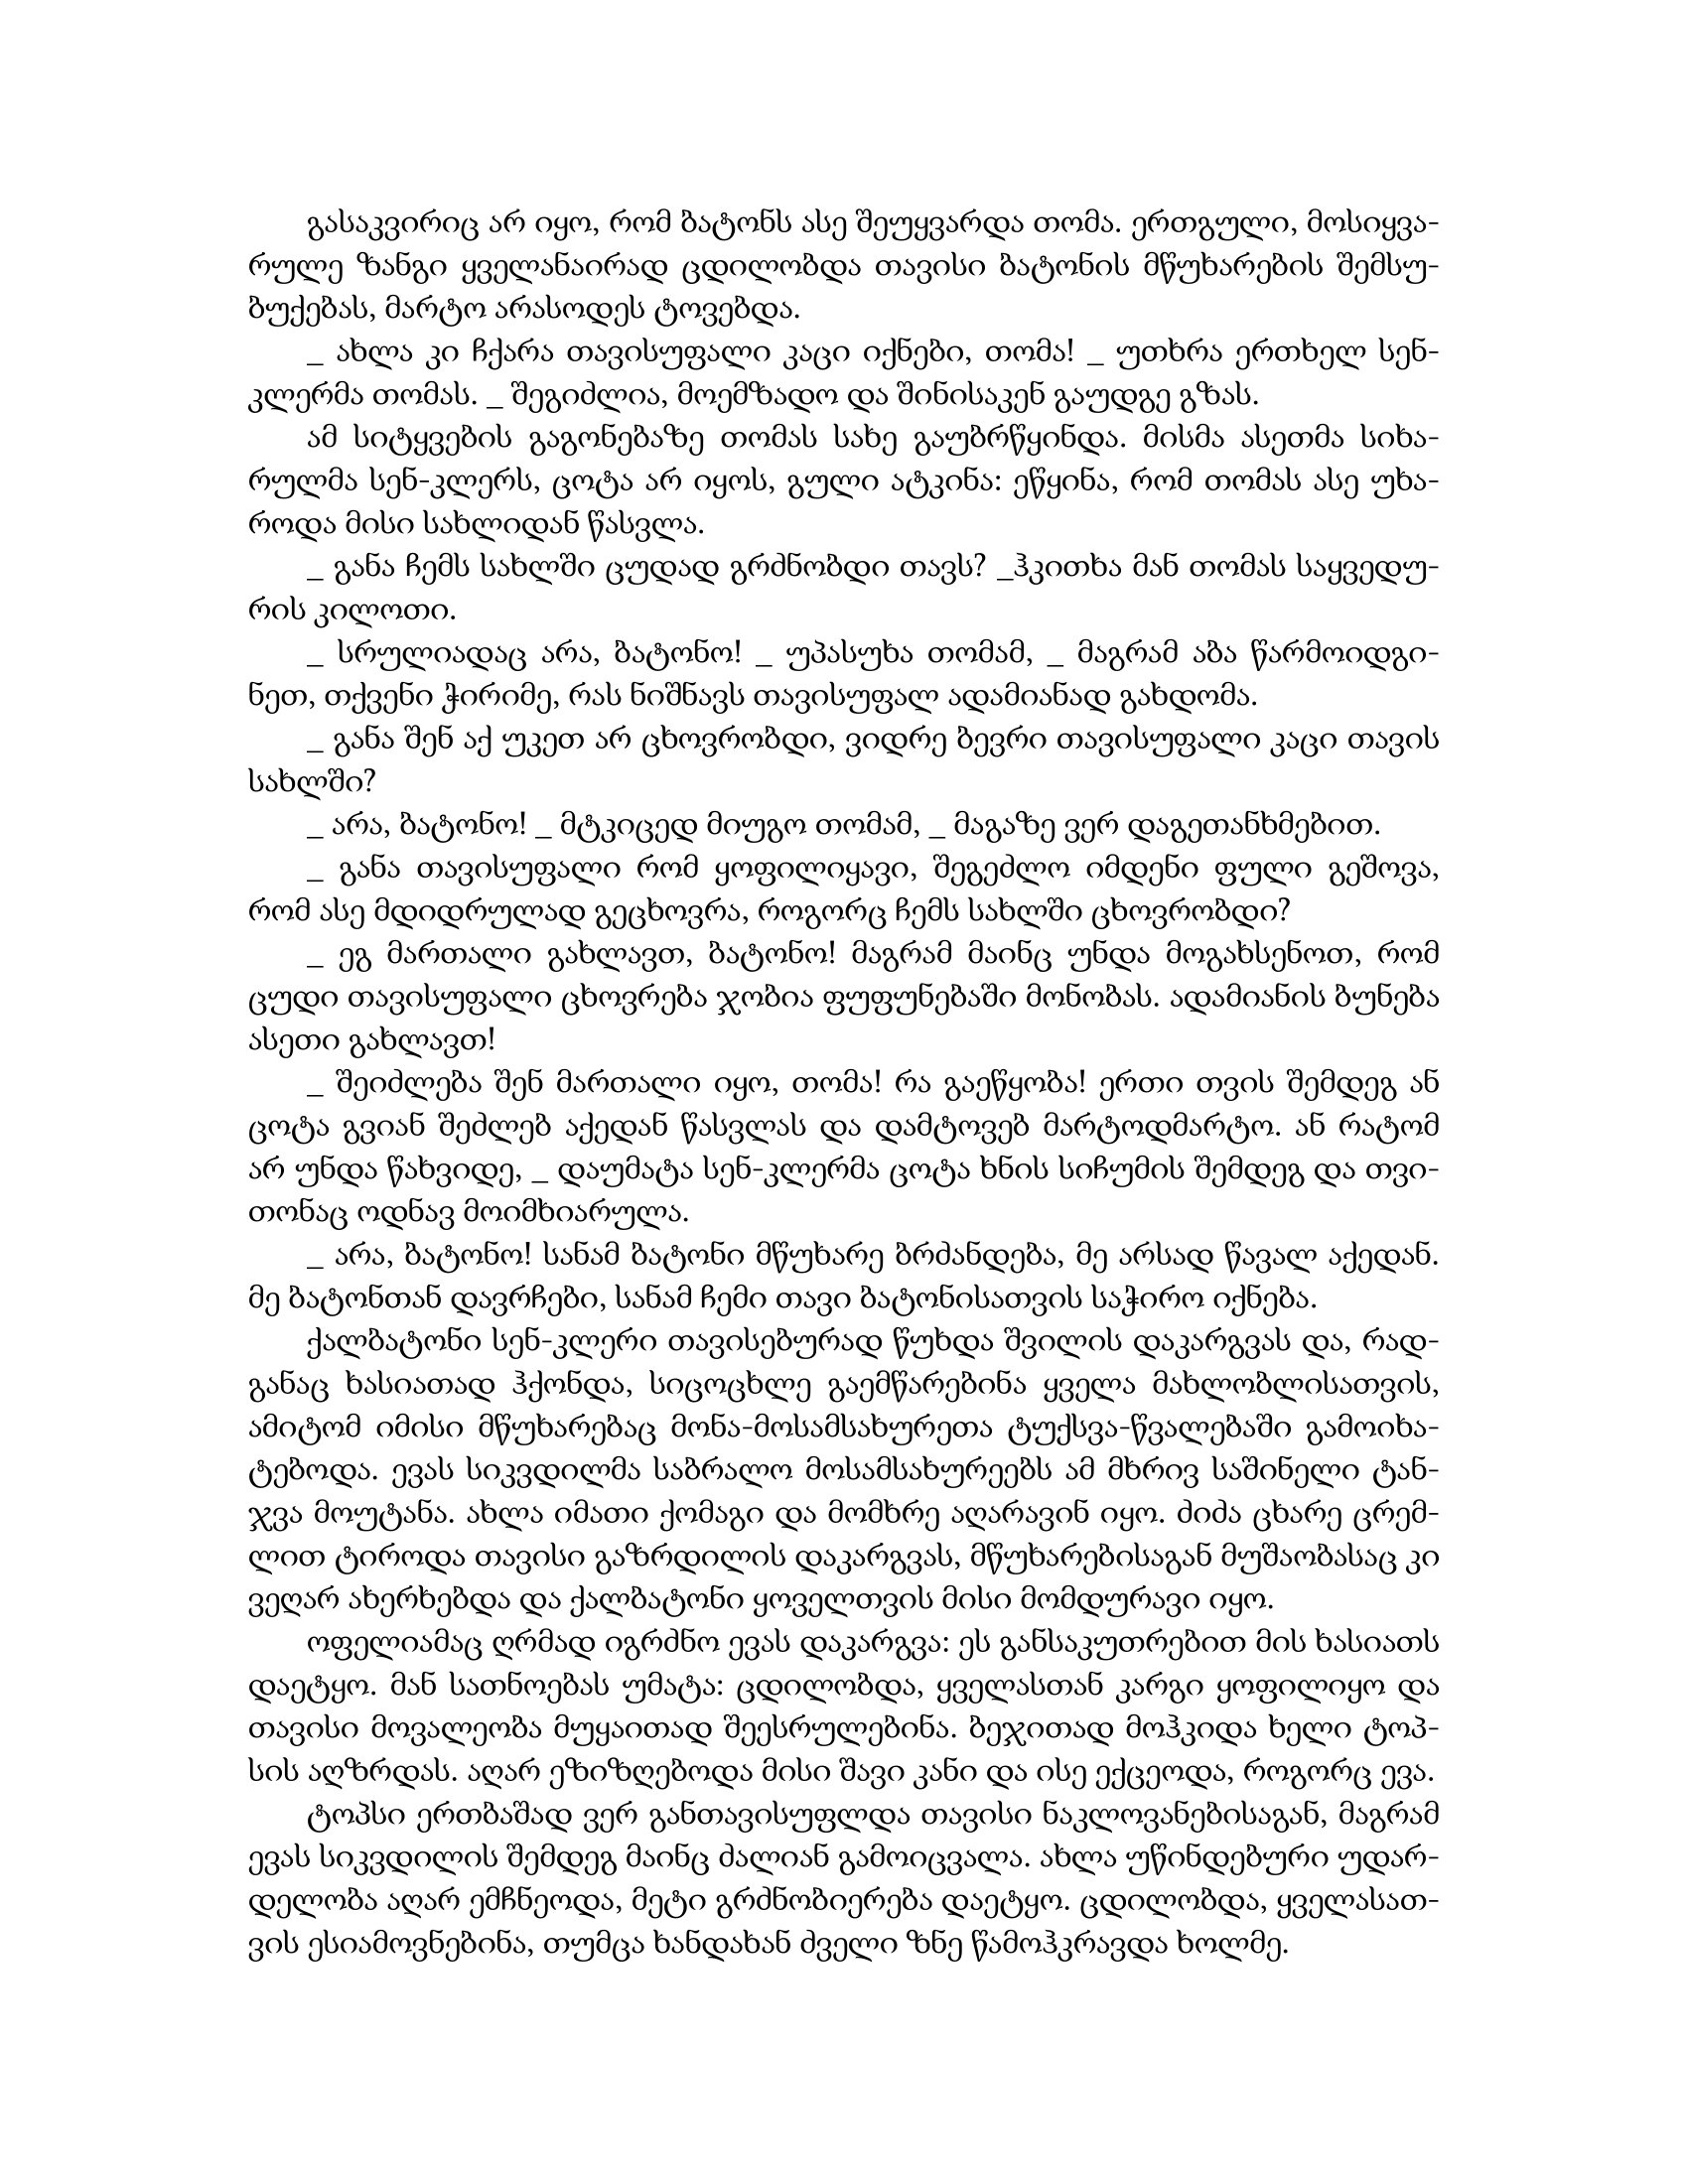
Language: gr